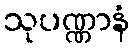
သုပဏ္ဏာနံ